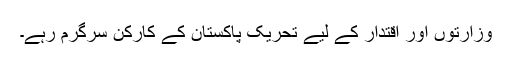
وزارتوں اور اقتدار کے لیے تحریکِ پاکستان کے کارکن سرگرم رہے۔